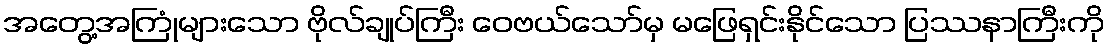
အတွေ့အကြုံများသော ဗိုလ်ချုပ်ကြီး ဝေဗယ်သော်မှ မဖြေရှင်းနိုင်သော ပြဿနာကြီးကို